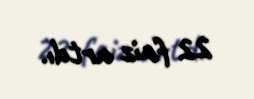
22 faiz artdı.